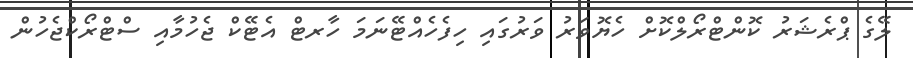
ލޭގެ ޕްރެޝަރު ކޮންޓްރޯލްކޮށް ހެޔޮވަރު ވަރުގައި ހިފެހެއްޓޭނަމަ ހާރޓް އެޓޭކް ޖެހުމާއި ސްޓްރޯކްޖެހުން